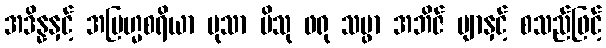
အဒိန္နနှင့် အဗြဟ္မစရိယာ မုသာ ပိသု ဖရု သမ္ဖာ အဘိဇ် ဗျာနှင့် စသည်ဖြင့်